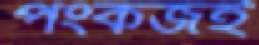
পংকজই